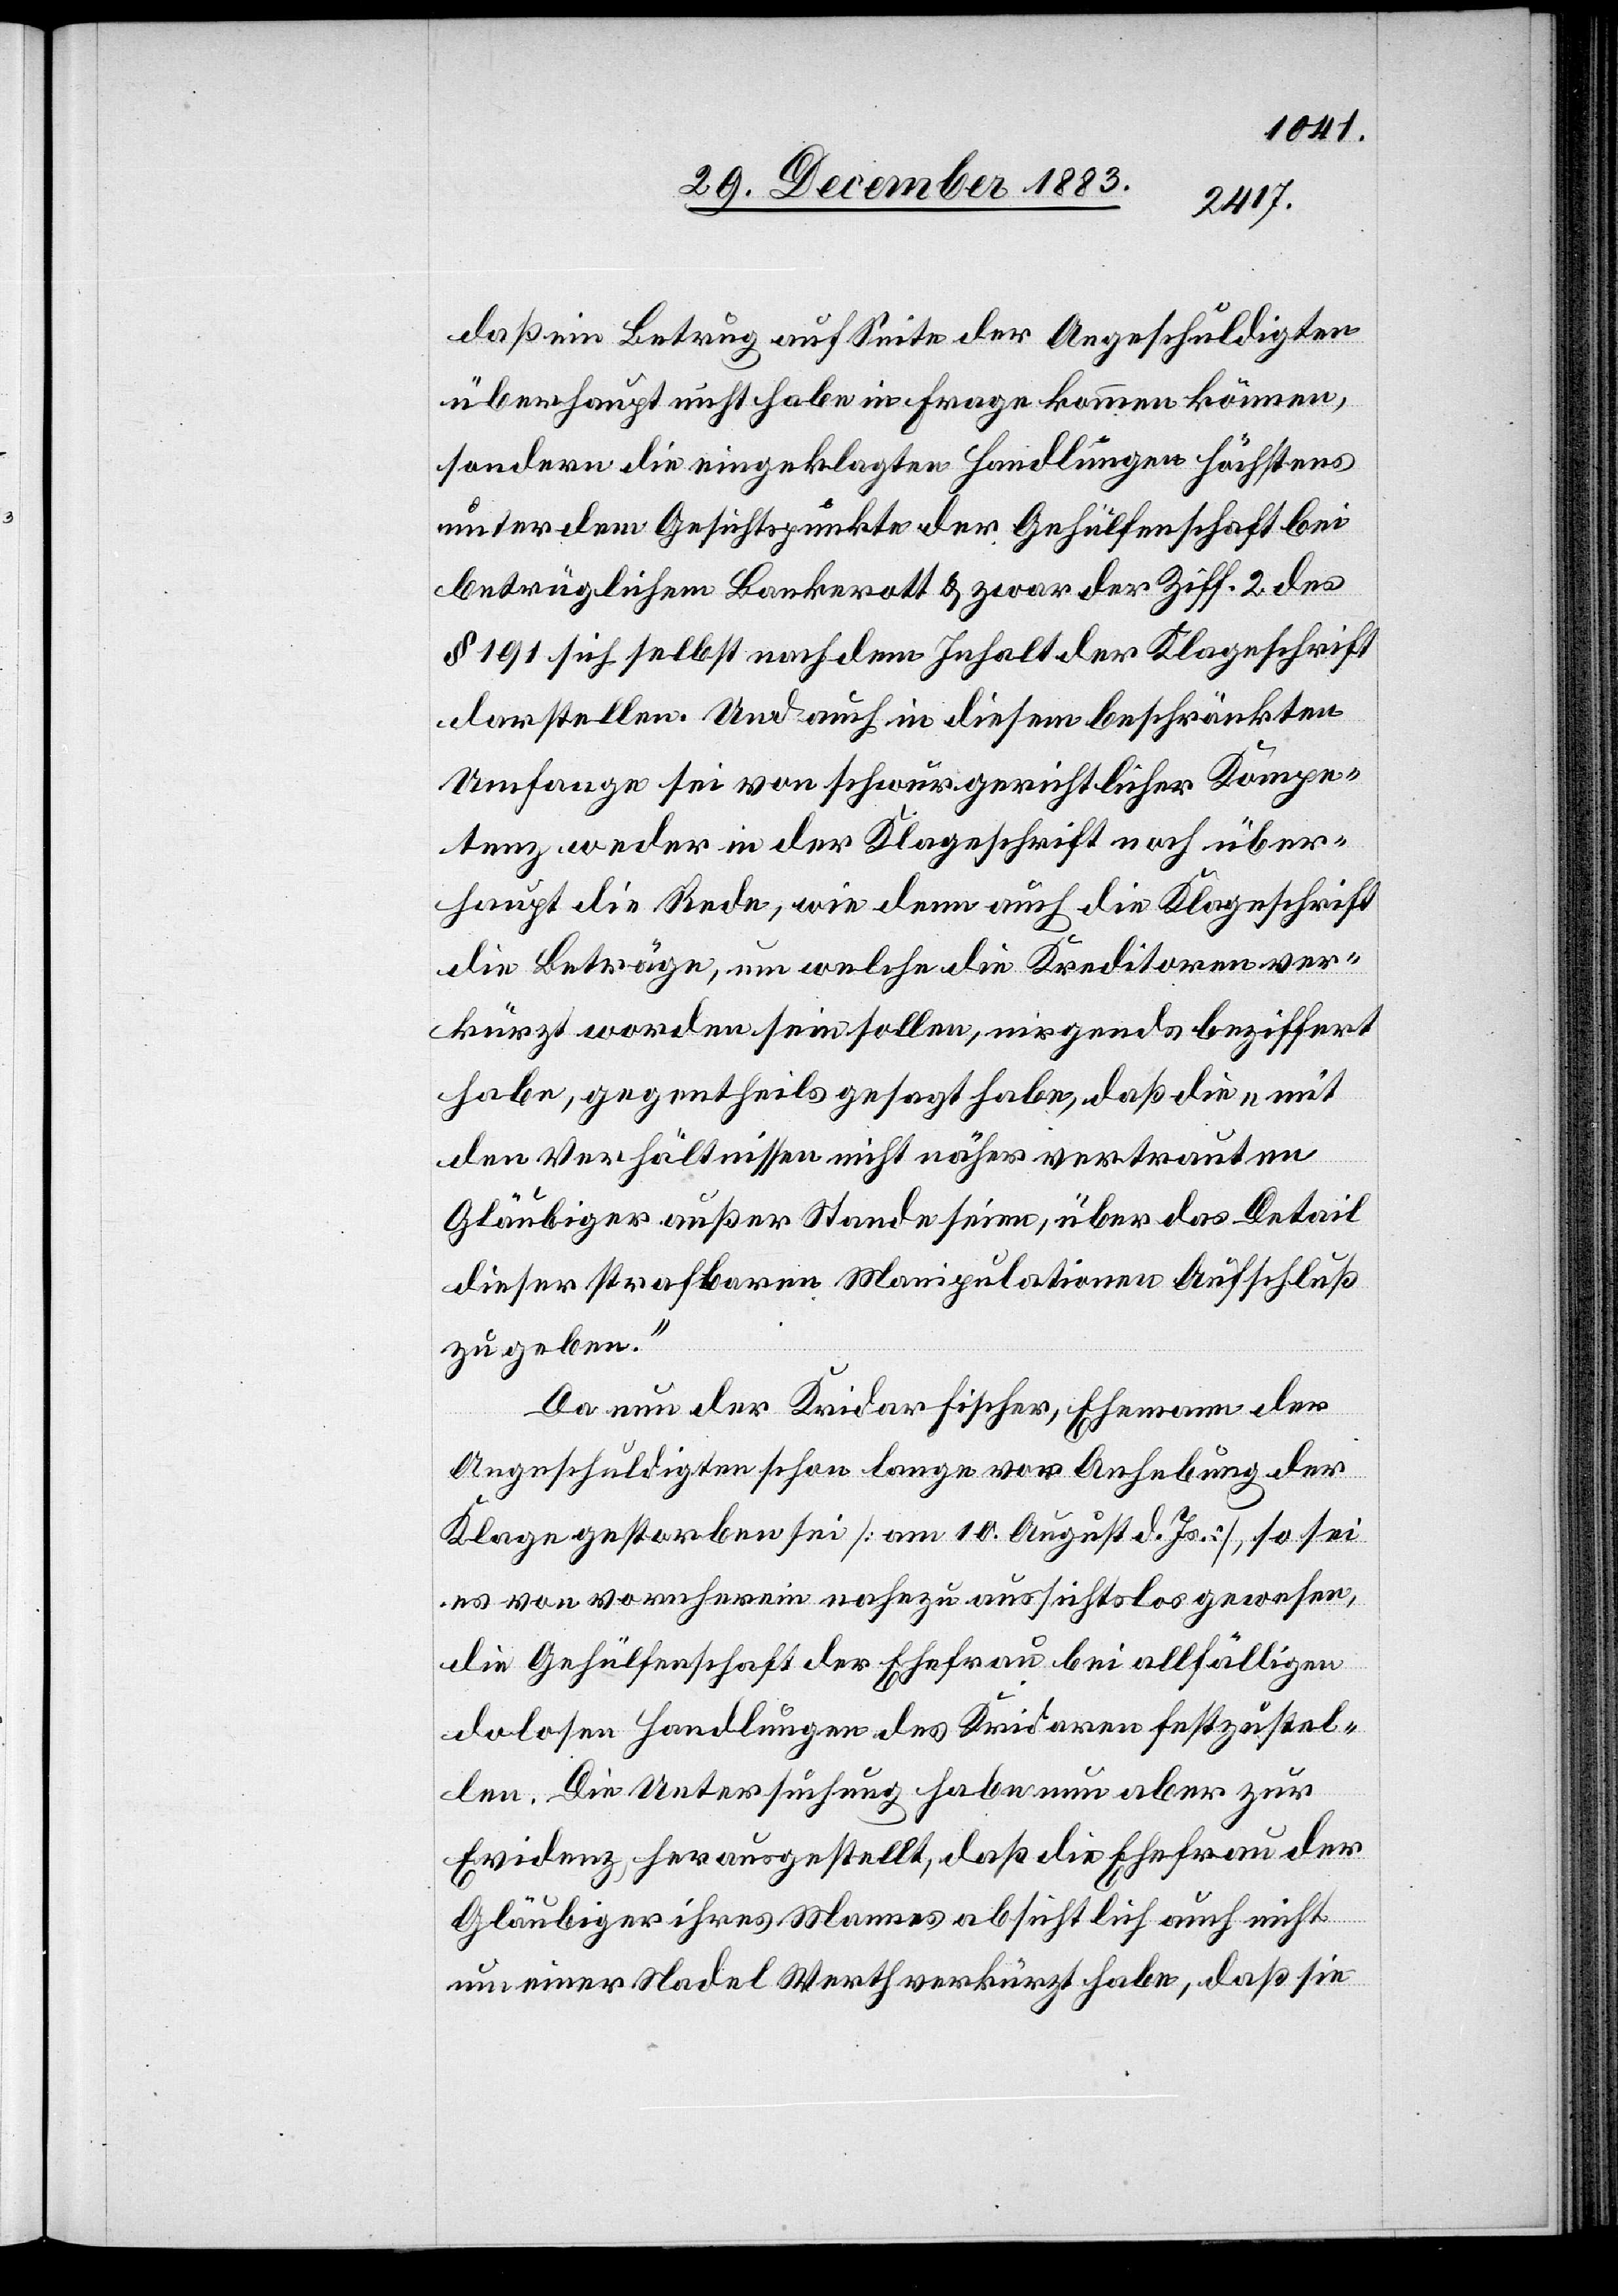
daß ein Betrug auf Seite der Angeschuldigten
überhaupt nicht habe in Frage kommen können,
sondern die eingeklagten Handlungen höchstens
unter dem Gesichtspunkte der Gehülfenschaft bei
betrüglichem Bankerott & zwar der Ziff. 2 des
§ 191 sich selbst nach dem Inhalt der Klageschrift
darstellen. Und auch in diesem beschränkten
Umfange sei von schwurgerichtlicher Kompe¬
tenz weder in der Klageschrift noch über¬
haupt die Rede, wie denn auch die Klageschrift
die Beträge, um welche die Kreditoren ver¬
kürzt worden sein sollen, nirgends beziffert
habe, gegentheils gesagt habe, daß die „mit
den Verhältnissen nicht näher vertrauten
Gläubiger außer Stande seien, über das Detail
dieser strafbaren Manipulationen Aufschluß
zu geben.“
Da nun der Kridar Fischer, Ehemann der
Angeschuldigten schon lange vor Anhebung der
Klage gestorben sei [am 10. August d. Js.], so sei
es von vornherein nahezu aussichtslos gewesen,
die Gehülfenschaft der Ehefrau bei allfälligen
dolosen Handlungen des Kridaren festzustel¬
len. Die Untersuchung habe nun aber zur
Evidenz herausgestellt, daß die Ehefrau der
Gläubiger ihres Mannes absichtlich auch nicht
um einer Nadel Werth verkürzt habe, daß sie